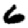
Digit: 6